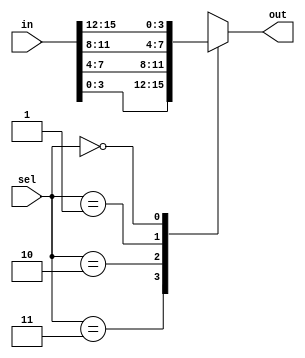
module mux16to4
(
   input [15:0] in,
	input [1:0] sel,
	output reg [3:0] out
);

	always @(*)
	begin
		case(sel)
			3: out = in[0+:4];
			2: out = in[4+:4];
			1: out = in[8+:4];
			0: out = in[12+:4];
		endcase
	end

endmodule